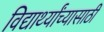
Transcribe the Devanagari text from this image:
विद्यार्थ्यांच्यासाठी